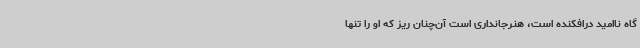
گاه ناامید درافکنده است، هنرجانداری است آن‌چنان ریز که او را تنها